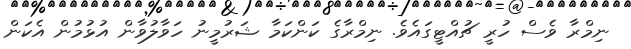
ނިމްރާ ވެސް ހުރީ ޗުއްޓީގައެވެ. ނިމްރާގެ ކަންކަމާ ޝަރުމީނު ހަވާލުވާން އުޅުމުން އެކަން